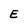
Character: E